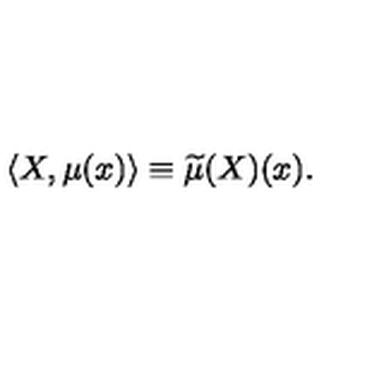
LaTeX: \langle X , \mu ( x ) \rangle \equiv \widetilde { \mu } ( X ) ( x ) .